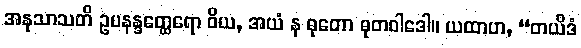
အနုသာသတိ ဥပနန္ဒတ္ထေရော ဝိယ, အယံ န ဓုတော ဓုတဝါဒေါ။ ယထာဟ, “တယိဒံ